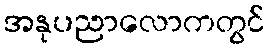
အနုပညာလောကတွင်